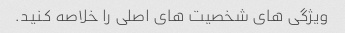
ویژگی های شخصیت های اصلی را خلاصه کنید.